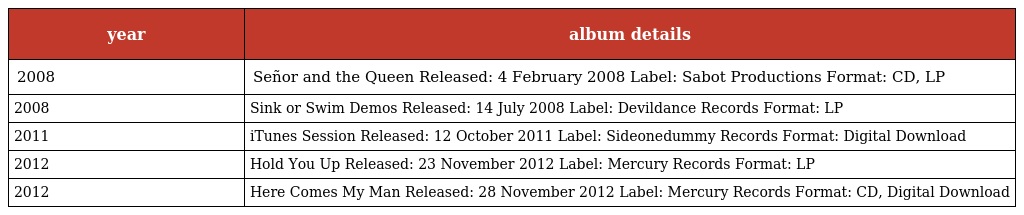
| year | album details |
 | --- | --- |
 | 2008 | Señor and the Queen Released: 4 February 2008 Label: Sabot Productions Format: CD, LP |
 | 2008 | Sink or Swim Demos Released: 14 July 2008 Label: Devildance Records Format: LP |
 | 2011 | iTunes Session Released: 12 October 2011 Label: Sideonedummy Records Format: Digital Download |
 | 2012 | Hold You Up Released: 23 November 2012 Label: Mercury Records Format: LP |
 | 2012 | Here Comes My Man Released: 28 November 2012 Label: Mercury Records Format: CD, Digital Download |